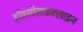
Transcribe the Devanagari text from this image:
डॉक्सीसाइक्लाइन